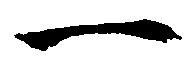
一